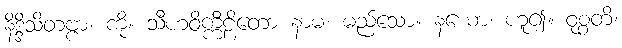
နိဒ္ဒိသိတဗ္ဗာ၊ ကို။ သီဟဝိက္ကီဠိတော နာမ၊ မည်သော။ နယော၊ ဟူ၍။ ဝုစ္စတိ၊